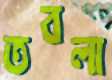
তবলা